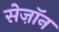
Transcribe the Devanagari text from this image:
सेज़ॉन